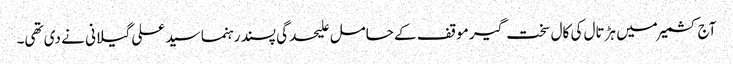
آج کشمیر میں ہڑتال کی کال سخت گیر موقف کے حامل علیحدگی پسند رہنما سید علی گیلانی نے دی تھی۔